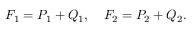
F _ { 1 } = P _ { 1 } + Q _ { 1 } , \quad F _ { 2 } = P _ { 2 } + Q _ { 2 } .